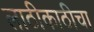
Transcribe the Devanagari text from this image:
लाठीकाठीचा